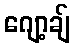
ဂျော့ချ်